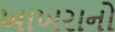
ખાખરાનો